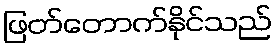
ဖြတ်တောက်နိုင်သည်